Report on plague and inoculation in the Punjab from October 1st ... to September 30th..., being the ... season of plague in the province
Disease focus: Plague
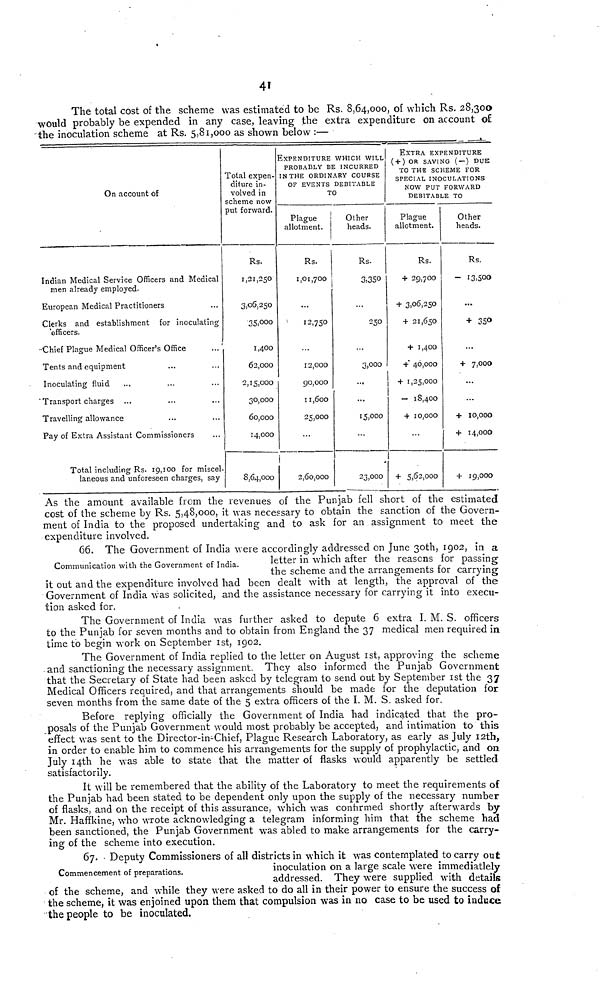
41
The total cost of the scheme was estimated to be Rs. 8,64,000, of which Rs. 28,30a
would probably be expended in any case, leaving the extra expenditure on account of
the inoculation scheme at Rs. 5,81,000 as shown below :—
_
On account of
Indian Medical Service Officers and Medical
men already employed.
European Medical Practitioners
Clerks and establishment for inoculating
"officers.
•Chief Plague Medical Officer's Office
Tents and equipment
Inoculating fluid
"Transport charges
Travelling allowance
Pay of Extra Assistant Commissioners
Total including Rs. 19,100 for miscel-
laneous and unforeseen charges, say
Total expen-
diture in-
volved in
scheme now
put forward.
Rs.
1,21,250
3,06,250
35,000
1,400
62,000
2,15,000
30,000
60,000
14,000
8,64,000
EXPENDITURE WHICH WILL
PROBABLY BE INCURRED
IN THE ORDINARY COURSE
OF EVENTS DEBITABLE
TO
Plague
allotment.
Rs.
1,01,700
...
12,750
12,000
90,000
11,600
25,000
2,60,000
Other
heads.
Rs.
3,350
250
3,000
...
...
15,000
23,000
EXTRA EXPENDITURE
( + ) OR SAVING (—) DUE
TO THE SCHEME FOR
SPECIAL INOCULATIONS
NOW PUT FORWARD
DEBITABLE TO
Plague
allotment.
Rs.
+ 29,700
+ 306,250
+ 21,650
+ 1,400
+ 40,000
+ 1,25,000
— 18,400
+ 10,000
+ 5,62,000
Other
heads.
Rs.
- 13,500
...
+ 350
...
+ 7,000
+ 10,000
+ 14,000
+ 19,000
As the amount available from the revenues of the Punjab fell short of the estimated
cost of the scheme by Rs. 5,48,000, it was necessary to obtain the sanction of the Govern-
ment of India to the proposed undertaking and to ask for an assignment to meet the
expenditure involved.
Communication with the Government of India.
66. The Government of India were accordingly addressed on June 30th, 1902, in a
letter in which after the reasons for passing;
the scheme and the arrangements for carrying
it out and the expenditure involved had been dealt with at length, the approval of the
Government of India was solicited, and the assistance necessary for carrying it into execu-
tion asked for.
The Government of India was further asked to depute 6 extra I. M. S. officers
to the Punjab for seven months and to obtain from England the 37 medical men required in
time to begin work on September Ist, 1902.
The Government of India replied to the letter on August Ist, approving the scheme
and sanctioning the necessary assignment. They also informed the Punjab Government
that the Secretary of State had been asked by telegram to send out by September Ist the 37
Medical Officers required, and that arrangements should be made for the deputation for
seven months from the same date of the 5 extra officers of the I. M. S. asked for.
Before replying officially the Government of India had indicated that the pro-
posals of the Punjab Government would most probably be accepted, and intimation to this
effect was sent to the Director-in-Chief, Plague Research Laboratory, as early as July 12th,
in order to enable him to commence his arrangements for the supply of prophylactic, and on
July 14th he was able to state that the matter of flasks would apparently be settled
satisfactorily.
It will be remembered that the ability of the Laboratory to meet the requirements of
the Punjab had been stated to be dependent only upon the supply of the necessary number
of flasks, and on the receipt of this assurance, which was confirmed shortly afterwards by
Mr. Haffkine, who wrote acknowledging a telegram informing him that the scheme had
been sanctioned, the Punjab Government was abled to make arrangements for the carry-
ing of the scheme into execution.
Commencement of preparations.
67. • Deputy Commissioners of all districts in which it was contemplated to carry out
inoculation on a large scale were immediatlely
addressed. They were supplied with details
of the scheme, and while they were asked to do all in their power to ensure the success of
the scheme, it was enjoined upon them that compulsion was in no case to be used to induce
the people to be inoculated.